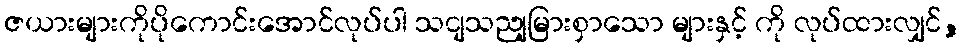
ဇယားများကိုပိုကောင်းအောင်လုပ်ပါ သငျသညျမြားစှာသော များနှင့် ကို လုပ်ထားလျှင်,